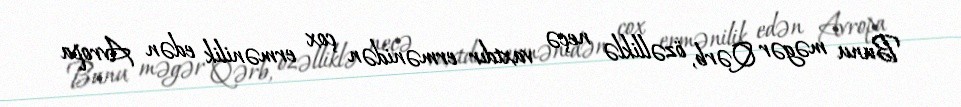
Bunu məgər Qərb, özəlliklə neçə vaxtdır ermənidən çox ermənilik edən Avropa